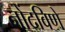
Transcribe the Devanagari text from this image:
नोंदविणे